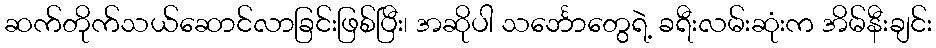
ဆက်တိုက်သယ်ဆောင်လာခြင်းဖြစ်ပြီး၊ အဆိုပါ သင်္ဘောတွေရဲ့ ခရီးလမ်းဆုံးက အိမ်နီးချင်း